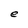
Character: e